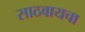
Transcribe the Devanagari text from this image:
साठवायचा